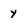
Character: y